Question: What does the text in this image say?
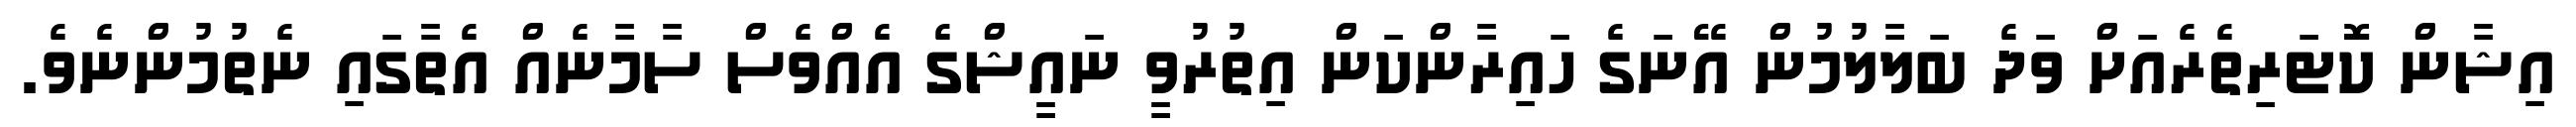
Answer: އިޝާން ކޮޓަރިތެރެއަށް ވަދެ ބަލާލުމުން އޭނަގެ ހައިރާންކަން އިތުރުވީ ނައީޝްގެ އެއްވެސް ސާމާނެއް އެތާގައި ނެތުމުންނެވެ.